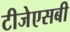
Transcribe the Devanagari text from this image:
टीजेएसबी